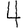
Digit: 4